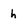
Character: h